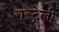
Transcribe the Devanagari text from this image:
रास्ट्रेली